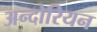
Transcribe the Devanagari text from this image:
अन्दोरियन